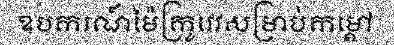
ឧបករណ៍ម៉ៃក្រូវេវសម្រាប់កម្តៅ